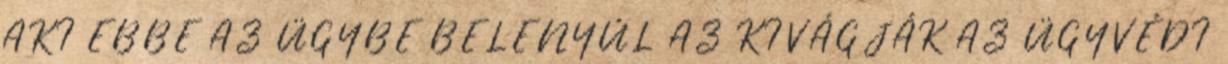
AKI EBBE AZ ÜGYBE BELENYÚL AZ KIVÁGJÁK AZ ÜGYVÉDI